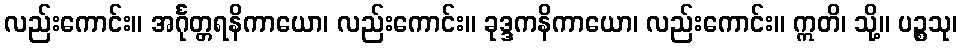
လည်းကောင်း။ အင်္ဂုတ္တရနိကာယော၊ လည်းကောင်း။ ခုဒ္ဒကနိကာယော၊ လည်းကောင်း။ ဣတိ၊ သို့။ ပဉ္စသု၊